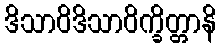
ဒိသာဝိဒိသာဝိက္ခိတ္တာနိ